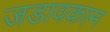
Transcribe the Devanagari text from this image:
जडावकाम